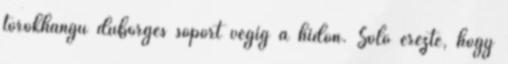
torokhangú dübörgés söpört végig a hídon. Solo érezte, hogy